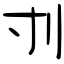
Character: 刌